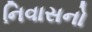
નિવાસનો